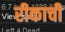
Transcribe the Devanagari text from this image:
रीकाची